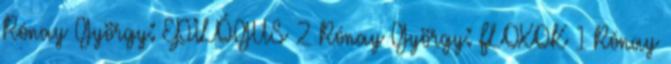
Rónay György: EPILÓGUS 2 Rónay György: FLOXOK 1 Rónay